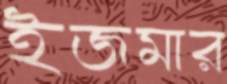
ইজমার